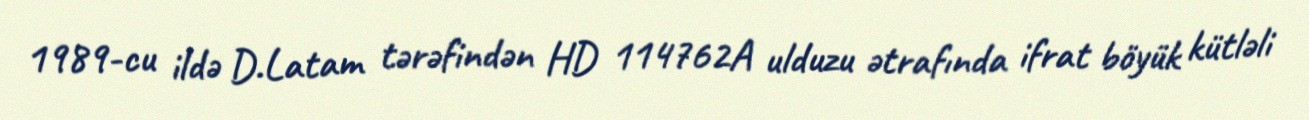
1989-cu ildə D.Latam tərəfindən HD 114762A ulduzu ətrafında ifrat böyük kütləli